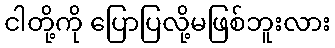
ငါတို့ကို ပြောပြလို့မဖြစ်ဘူးလား